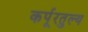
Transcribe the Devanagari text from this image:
कर्पूरतुल्य